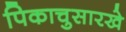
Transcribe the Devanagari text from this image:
पिकाचुसारखे